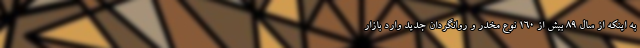
به اینکه از سال ۸۹ بیش از ۱۶۰ نوع مخدر و روانگردان جدید وارد بازار